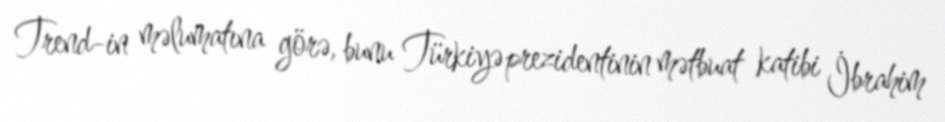
Trend-in məlumatına görə, bunu Türkiyə prezidentinin mətbuat katibi İbrahim